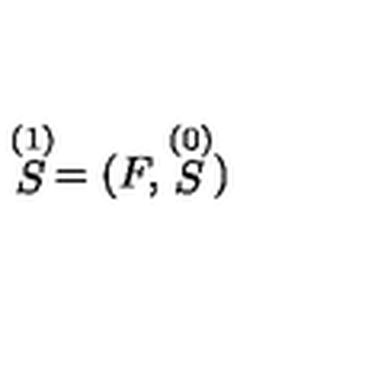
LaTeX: \stackrel { ( 1 ) } { S } = ( F , \stackrel { ( 0 ) } { S } )